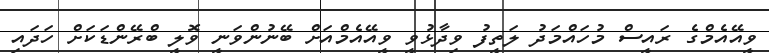
ވީއޭއެމްގެ ރައީސް މުހައްމަދު ލަތީފު ވިދާޅުވީ ވީއޭއެމްއަށް ބޭނުންވަނީ ވޮލީ ބްރޭންޑަކަށް ހަދައި